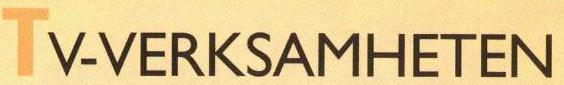
TV-VERKSAMHETEN